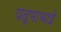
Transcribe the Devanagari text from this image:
पद्माबाई